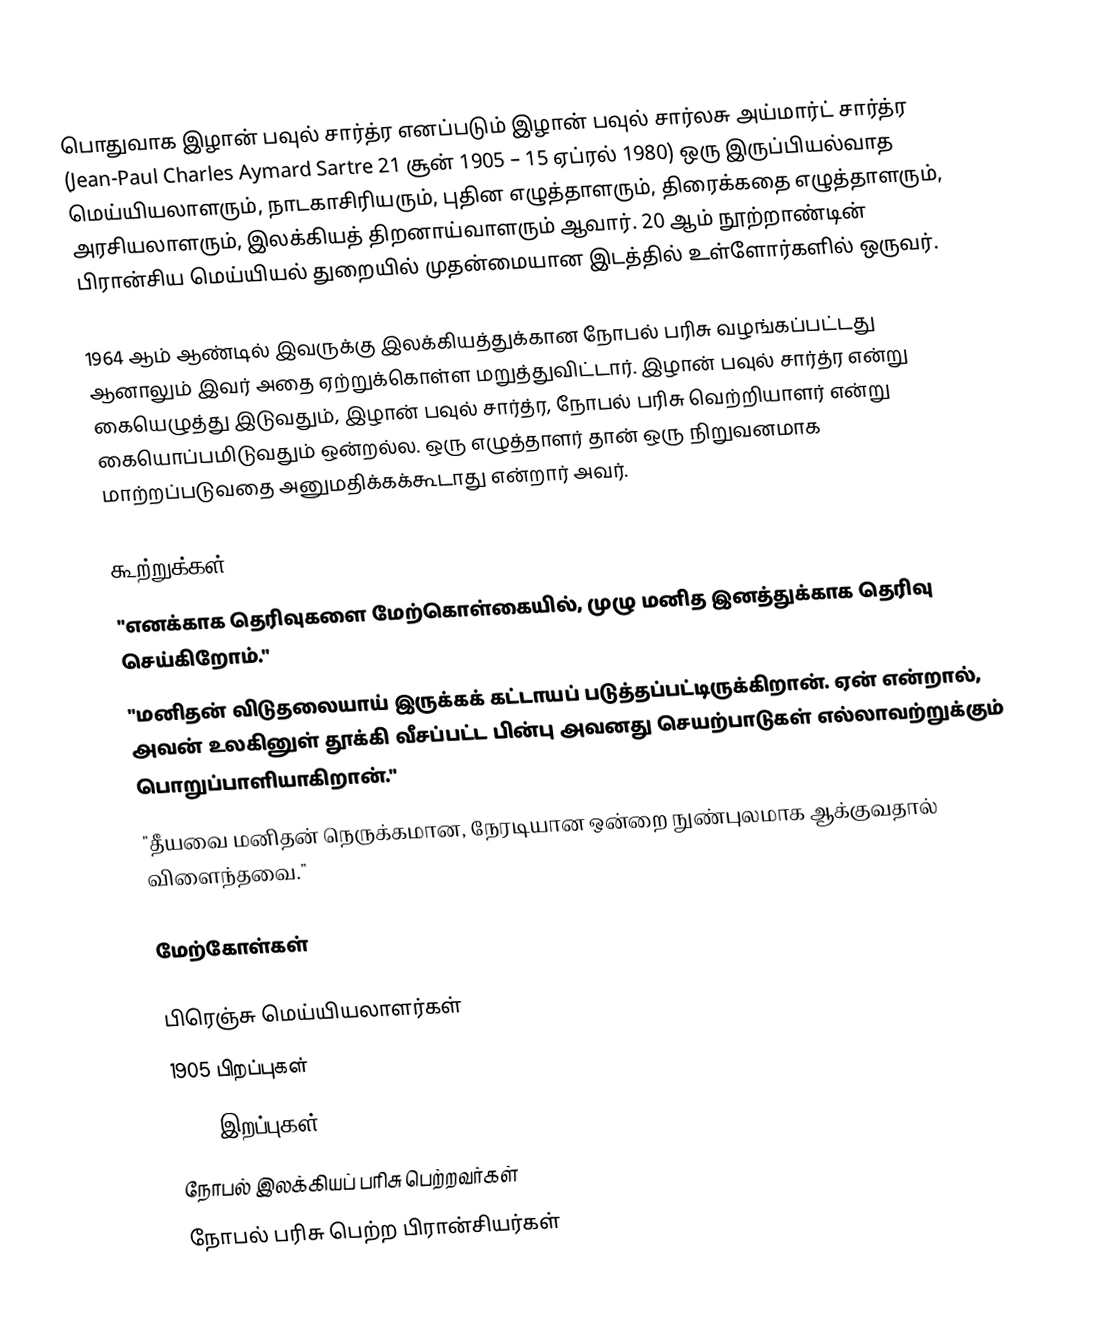
பொதுவாக இழான் பவுல் சார்த்ர எனப்படும் இழான் பவுல் சார்லசு அய்மார்ட் சார்த்ர (Jean-Paul Charles Aymard Sartre 21 சூன் 1905 – 15 ஏப்ரல் 1980) ஒரு இருப்பியல்வாத மெய்யியலாளரும், நாடகாசிரியரும், புதின எழுத்தாளரும், திரைக்கதை எழுத்தாளரும், அரசியலாளரும், இலக்கியத் திறனாய்வாளரும் ஆவார். 20 ஆம் நூற்றாண்டின் பிரான்சிய மெய்யியல் துறையில் முதன்மையான இடத்தில் உள்ளோர்களில் ஒருவர்.

1964 ஆம் ஆண்டில் இவருக்கு இலக்கியத்துக்கான நோபல் பரிசு வழங்கப்பட்டது ஆனாலும் இவர் அதை ஏற்றுக்கொள்ள மறுத்துவிட்டார். இழான் பவுல் சார்த்ர என்று கையெழுத்து இடுவதும், இழான் பவுல் சார்த்ர, நோபல் பரிசு வெற்றியாளர் என்று கையொப்பமிடுவதும் ஒன்றல்ல. ஒரு எழுத்தாளர் தான் ஒரு நிறுவனமாக மாற்றப்படுவதை அனுமதிக்கக்கூடாது என்றார் அவர்.

கூற்றுக்கள்
 "எனக்காக தெரிவுகளை மேற்கொள்கையில், முழு மனித இனத்துக்காக தெரிவு செய்கிறோம்."
 "மனிதன் விடுதலையாய் இருக்கக் கட்டாயப் படுத்தப்பட்டிருக்கிறான். ஏன் என்றால், அவன் உலகினுள் தூக்கி வீசப்பட்ட பின்பு அவனது செயற்பாடுகள் எல்லாவற்றுக்கும் பொறுப்பாளியாகிறான்."
 "தீயவை மனிதன் நெருக்கமான, நேரடியான ஒன்றை நுண்புலமாக ஆக்குவதால் விளைந்தவை."

மேற்கோள்கள்

பிரெஞ்சு மெய்யியலாளர்கள்
1905 பிறப்புகள்
1980 இறப்புகள்
நோபல் இலக்கியப் பரிசு பெற்றவர்கள்
நோபல் பரிசு பெற்ற பிரான்சியர்கள்